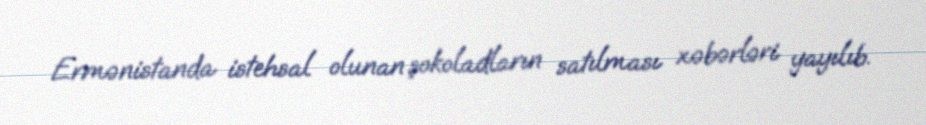
Ermənistanda istehsal olunan şokoladların satılması xəbərləri yayılıb.